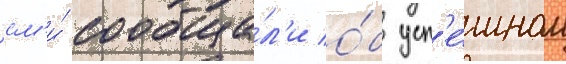
см'и́ сообща́л'и о́б усп'е́шном